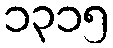
၁၃၁၅